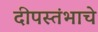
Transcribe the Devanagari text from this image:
दीपस्तंभाचे